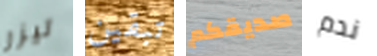
ليزر تبقين صديقكم ندم